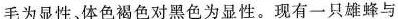
毛为显性，体色褐色对黑色为显性。现有一只雄蜂与